Triennial report on the lunatic asylums in the province of Eastern Bengal and Assam - 1903-1911
Year: 1903
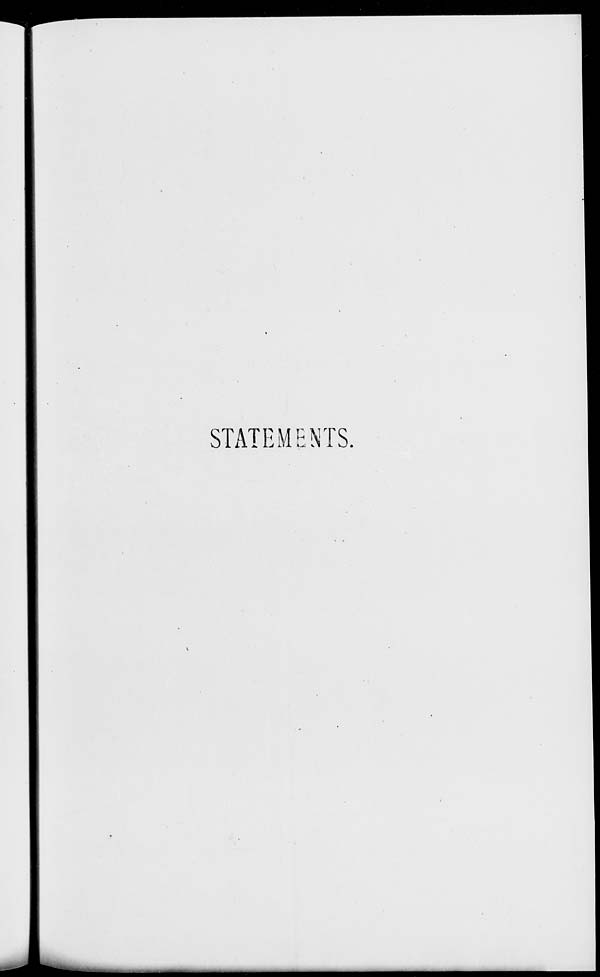
STATEMENTS.